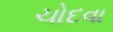
ચોદવા